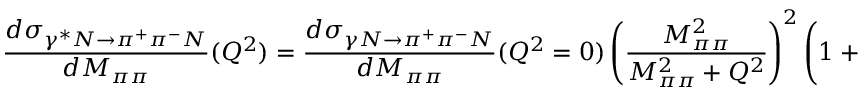
\frac { d \sigma _ { \gamma ^ { * } N \rightarrow \pi ^ { + } \pi ^ { - } N } } { d M _ { \pi \pi } } ( Q ^ { 2 } ) = \frac { d \sigma _ { \gamma N \rightarrow \pi ^ { + } \pi ^ { - } N } } { d M _ { \pi \pi } } ( Q ^ { 2 } = 0 ) \left( \frac { M _ { \pi \pi } ^ { 2 } } { M _ { \pi \pi } ^ { 2 } + Q ^ { 2 } } \right) ^ { 2 } \left( 1 + \epsilon \, \xi ^ { 2 } \frac { Q ^ { 2 } } { M _ { \pi \pi } ^ { 2 } } \right) .